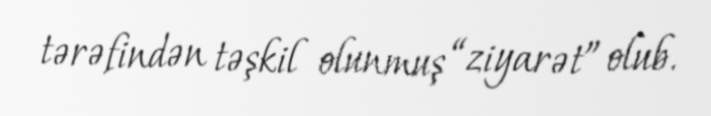
tərəfindən təşkil olunmuş “ziyarət” olub.